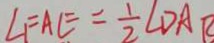
\angle F = A E = \frac { 1 } { 2 } \angle D A B